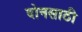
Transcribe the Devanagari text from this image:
दोनसाठी